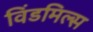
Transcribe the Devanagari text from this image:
विंडमिल्स